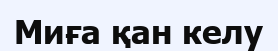
Миға қан келу